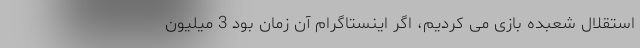
استقلال شعبده بازی می کردیم، اگر اینستاگرام آن زمان بود 3 میلیون